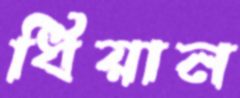
ধিয়ান